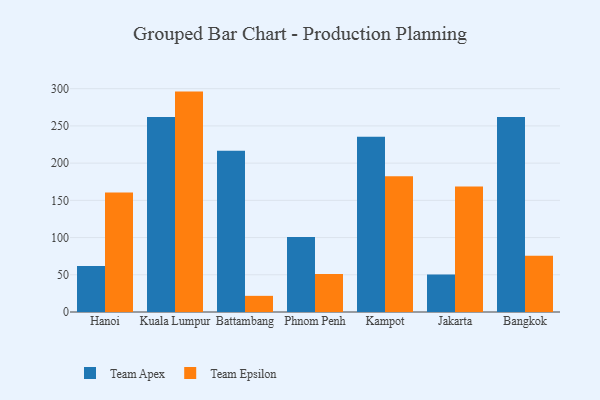
{"axis": {"x": "City", "y": "Budget (USD K)"}, "legend": ["Team Apex", "Team Epsilon"], "data": [{"x": "Hanoi", "y": 61.7, "type": "Team Apex"}, {"x": "Hanoi", "y": 160.6, "type": "Team Epsilon"}, {"x": "Kuala Lumpur", "y": 262.0, "type": "Team Apex"}, {"x": "Kuala Lumpur", "y": 296.1, "type": "Team Epsilon"}, {"x": "Battambang", "y": 216.8, "type": "Team Apex"}, {"x": "Battambang", "y": 21.7, "type": "Team Epsilon"}, {"x": "Phnom Penh", "y": 100.7, "type": "Team Apex"}, {"x": "Phnom Penh", "y": 50.9, "type": "Team Epsilon"}, {"x": "Kampot", "y": 235.5, "type": "Team Apex"}, {"x": "Kampot", "y": 182.5, "type": "Team Epsilon"}, {"x": "Jakarta", "y": 50.4, "type": "Team Apex"}, {"x": "Jakarta", "y": 168.6, "type": "Team Epsilon"}, {"x": "Bangkok", "y": 262.1, "type": "Team Apex"}, {"x": "Bangkok", "y": 75.5, "type": "Team Epsilon"}]}